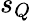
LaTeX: s_{Q}